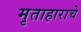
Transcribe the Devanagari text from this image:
मृताहाराचे